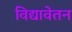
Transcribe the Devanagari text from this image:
विद्यावेतन